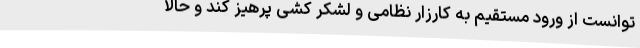
توانست از ورود مستقیم به کارزار نظامی و لشکر کشی پرهیز کند و حالا